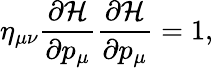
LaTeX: \eta_{\mu\nu}\frac{\partial{\cal H}}{\partial p_{\mu}}\frac{\partial{\cal H}}{\partial p_{\mu}}=1,